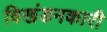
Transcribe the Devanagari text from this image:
विखंडनकारी